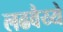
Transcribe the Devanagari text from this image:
लढवैय्ये